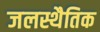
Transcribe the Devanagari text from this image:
जलस्थैतिक